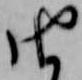
由